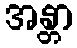
အန္တာ